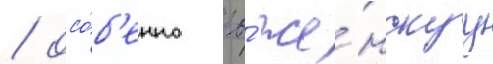
/ осо́б'енно ео́ же́нскуу